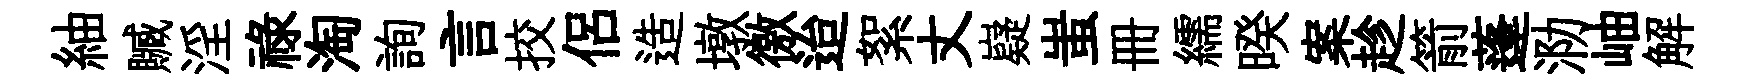
紬贓淫禄淘詢言挍侶造墩徼迨絮丈嶷蚩册繻暌案趁箭蓬泐岫解